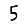
Digit: 5